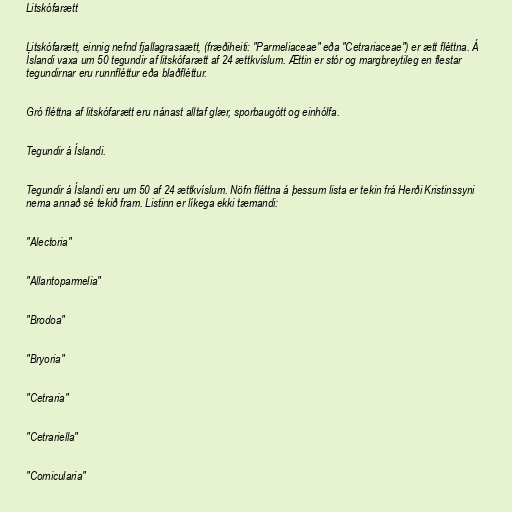
Litskófarætt

Litskófarætt, einnig nefnd fjallagrasaætt, (fræðiheiti: "Parmeliaceae" eða "Cetrariaceae") er ætt fléttna. Á
Íslandi vaxa um 50 tegundir af litskófarætt af 24 ættkvíslum. Ættin er stór og margbreytileg en flestar
tegundirnar eru runnfléttur eða blaðfléttur.

Gró fléttna af litskófarætt eru nánast alltaf glær, sporbaugótt og einhólfa.

Tegundir á Íslandi.

Tegundir á Íslandi eru um 50 af 24 ættkvíslum. Nöfn fléttna á þessum lista er tekin frá Herði Kristinssyni
nema annað sé tekið fram. Listinn er líkega ekki tæmandi:

"Alectoria"

"Allantoparmelia"

"Brodoa"

"Bryoria"

"Cetraria"

"Cetrariella"

"Cornicularia"